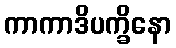
ကာကာဒိပက္ခိနော